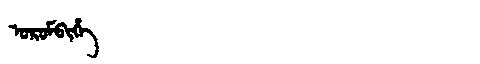
Manchu: ᠣᡵᠣᠮᠪᡳᡥᡝ
Romanization: OROMBIHE